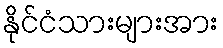
နိုင်ငံသားများအား